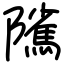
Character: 隲